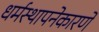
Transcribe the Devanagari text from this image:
धर्मस्थापनेकारणे